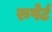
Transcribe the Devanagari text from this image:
रुपेर्ट